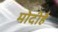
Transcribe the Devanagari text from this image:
मोदीहै